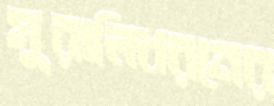
মুরালিধরনের